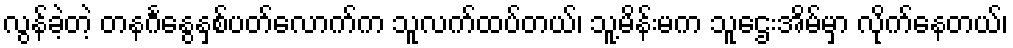
လွန်ခဲ့တဲ့ တနင်္ဂနွေနှစ်ပတ်လောက်က သူလက်ထပ်တယ်၊ သူ့မိန်းမက သူဌေးအိမ်မှာ လိုက်နေတယ်၊